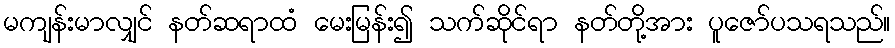
မကျန်းမာလျှင် နတ်ဆရာထံ မေးမြန်း၍ သက်ဆိုင်ရာ နတ်တို့အား ပူဇော်ပသရသည်။